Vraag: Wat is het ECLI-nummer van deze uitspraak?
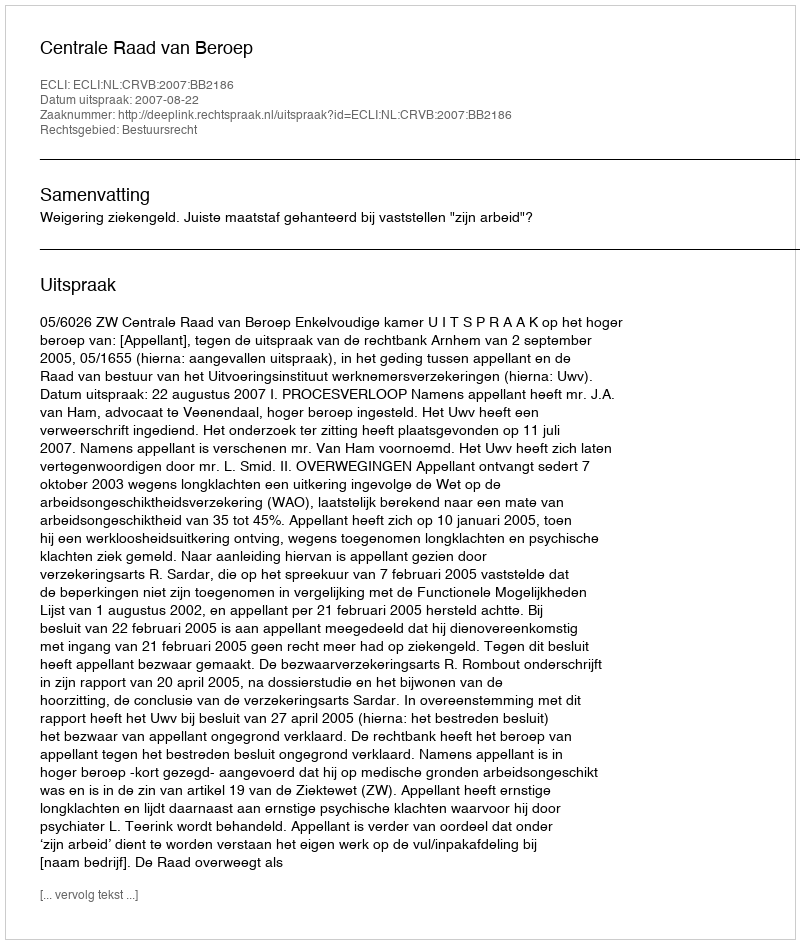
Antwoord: ECLI:NL:CRVB:2007:BB2186